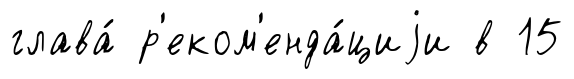
глава́ р'еком'енда́циjи в 15